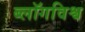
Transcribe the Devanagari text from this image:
ब्लॉगविश्व